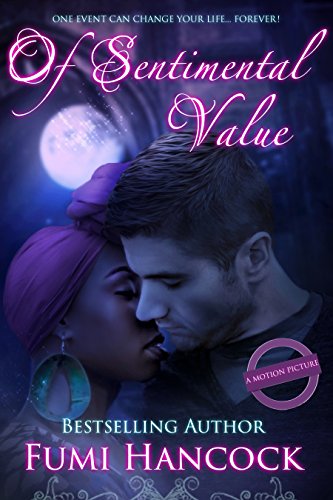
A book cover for Of Sentimental Value [2015 Major Motion Picture Tie-In]: A Passionate Interracial Suspense Romance Novel, One Woman Two Men, BWWM by An African Author; Fumi Hancock; Teen & Young Adult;